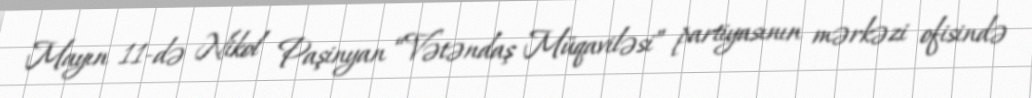
Mayın 11-də Nikol Paşinyan “Vətəndaş Müqaviləsi” partiyasının mərkəzi ofisində